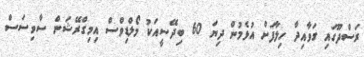
ރަސްދޫގައި ގަވާއިދާ ހިލާފަށް އުޅެމުން ދިޔަ 60 ބިދޭސީއަކު މޯލްޑިވްސް އިމިގްރޭޝަން ސާވިސަސް